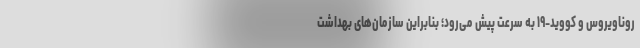
روناویروس و کووید-۱۹ به سرعت پیش می‌رود؛ بنابراین سازمان‌های بهداشت